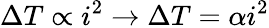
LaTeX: \Delta T\propto i^{2}\to\Delta T=\alpha i^{2}